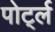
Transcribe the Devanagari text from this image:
पोर्ट्ल